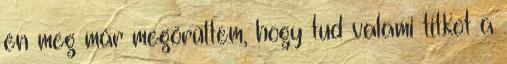
én meg már megörültem, hogy tud valami titkot a